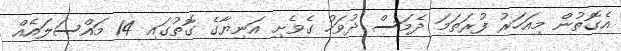
އެގޮތުން މިއަހަރު ފުރަތަމަ ދެމަސް ދުވަހު ގެވެށި އަނިޔާގެ ގޮތުގައި 14 މައްސަލައެއް